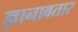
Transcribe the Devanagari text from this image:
ज्ञानावतार